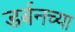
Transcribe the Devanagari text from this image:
डर्बनच्या